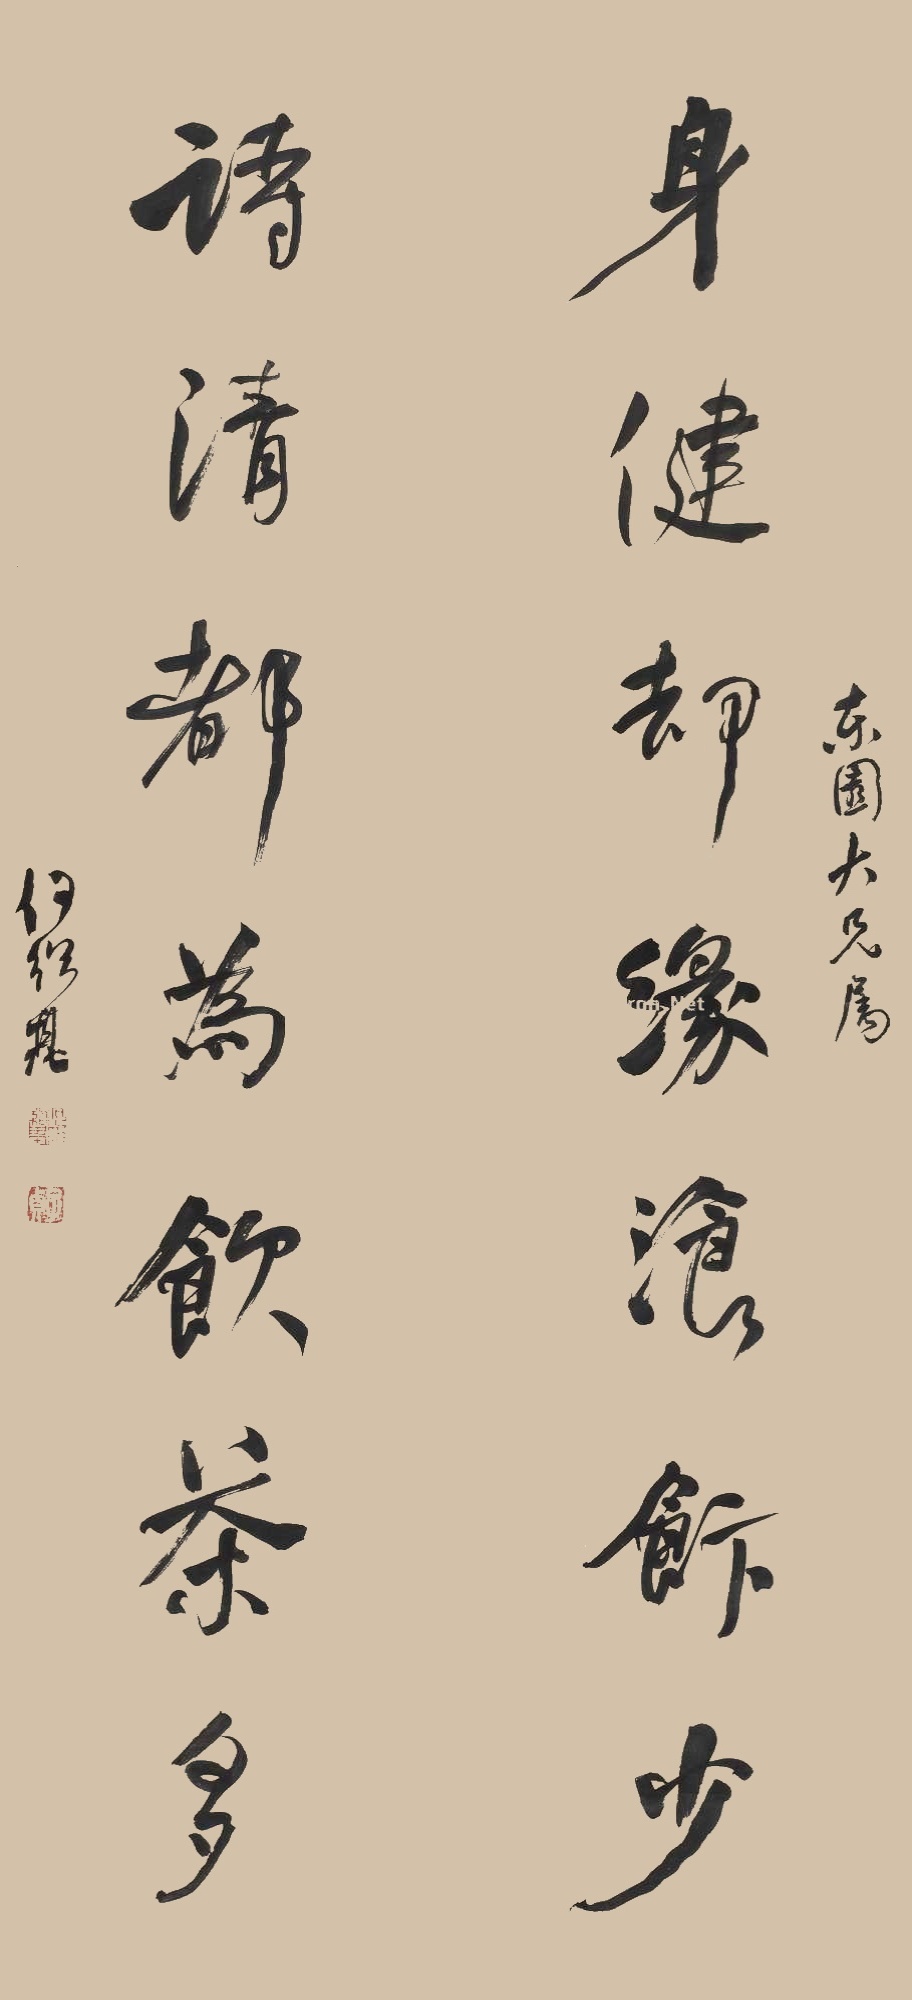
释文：身健却缘湌飰多，诗清都为饮茶多。东园大兄属，何绍基。